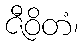
ဇီဝိတံ၊